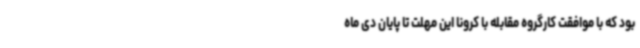
بود که با موافقت کارگروه مقابله با کرونا این مهلت تا پایان دی ماه